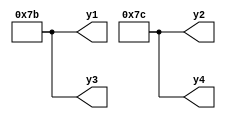

module demo_001(y1, y2, y3, y4);
	output [7:0] y1, y2, y3, y4;

	localparam [7:0] p1 = 123.45;
	localparam real p2 = 123.45;
	localparam real p3 = 123;
	localparam p4 = 123.45;

	assign y1 = p1 + 0.2;
	assign y2 = p2 + 0.2;
	assign y3 = p3 + 0.2;
	assign y4 = p4 + 0.2;
endmodule

module demo_002(y0, y1, y2, y3);
	output [63:0] y0, y1, y2, y3;

	assign y0 = 1'bx >= (-1 * -1.17);
	assign y1 = 1 ?  1 ?  -1 : 'd0 : 0.0;
	assign y2 = 1 ? -1 :   1 ? 'd0 : 0.0;
	assign y3 = 1 ? -1 : 'd0;
endmodule